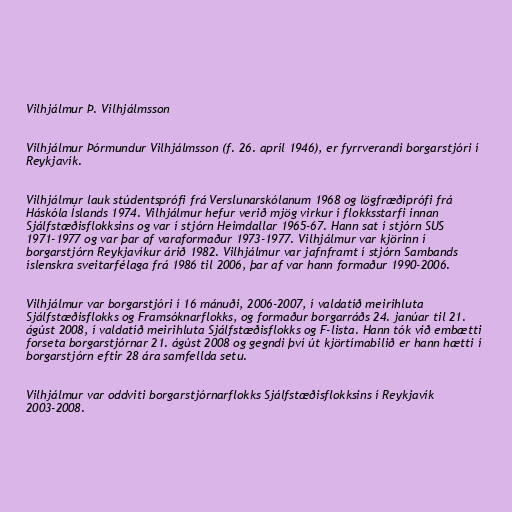
Vilhjálmur Þ. Vilhjálmsson

Vilhjálmur Þórmundur Vilhjálmsson (f. 26. apríl 1946), er fyrrverandi borgarstjóri í
Reykjavík.

Vilhjálmur lauk stúdentsprófi frá Verslunarskólanum 1968 og lögfræðiprófi frá
Háskóla Íslands 1974. Vilhjálmur hefur verið mjög virkur í flokksstarfi innan
Sjálfstæðisflokksins og var í stjórn Heimdallar 1965-67. Hann sat í stjórn SUS
1971-1977 og var þar af varaformaður 1973-1977. Vilhjálmur var kjörinn í
borgarstjórn Reykjavíkur árið 1982. Vilhjálmur var jafnframt í stjórn Sambands
íslenskra sveitarfélaga frá 1986 til 2006, þar af var hann formaður 1990-2006.

Vilhjálmur var borgarstjóri í 16 mánuði, 2006-2007, í valdatíð meirihluta
Sjálfstæðisflokks og Framsóknarflokks, og formaður borgarráðs 24. janúar til 21.
ágúst 2008, í valdatíð meirihluta Sjálfstæðisflokks og F-lista. Hann tók við embætti
forseta borgarstjórnar 21. ágúst 2008 og gegndi því út kjörtímabilið er hann hætti í
borgarstjórn eftir 28 ára samfellda setu.

Vilhjálmur var oddviti borgarstjórnarflokks Sjálfstæðisflokksins í Reykjavík
2003-2008.